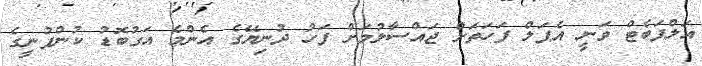
އަލްފަބެޓް ވަނީ އެޕަލް ފަހަތަށް ޖައްސާލުމަށް ފަހު ދުނިޔޭގެ އެންމެ އަގުބޮޑު ކުންފުނީގެ